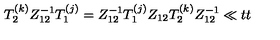
T _ { 2 } ^ { ( k ) } Z _ { 1 2 } ^ { - 1 } T _ { 1 } ^ { ( j ) } = Z _ { 1 2 } ^ { - 1 } T _ { 1 } ^ { ( j ) } Z _ { 1 2 } T _ { 2 } ^ { ( k ) } Z _ { 1 2 } ^ { - 1 } \ll { t t }